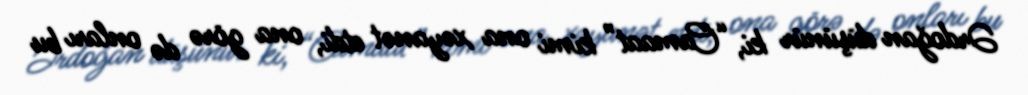
Ərdoğan düşünür ki, “Camaat” kimi ona xəyanət etdi, ona görə də onları bu